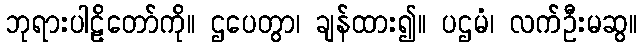
ဘုရားပါဠိတော်ကို။ ဌပေတွာ၊ ချန်ထား၍။ ပဌမံ၊ လက်ဦးမဆွ။